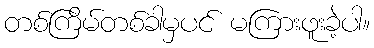
တစ်ကြိမ်တစ်ခါမှပင် မကြားဖူးခဲ့ပါ။